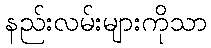
နည်းလမ်းများကိုသာ